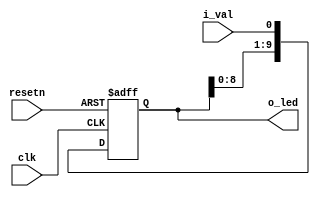
`timescale 1ns / 1ps



module shift_register (
	input clk,
	input resetn,
	input i_val,
	output reg [9:0] o_led
	);
	
	// Module Body
    always @(negedge resetn or posedge clk) begin
        if(!resetn) begin //  
            o_led <= 10'b0000000000;
        end
        else begin //           . (ex. o_led[0] -> o_led[1]
            o_led[0] <= i_val;
            o_led[1] <= o_led[0];
            o_led[2] <= o_led[1];
            o_led[3] <= o_led[2];
            o_led[4] <= o_led[3];
            o_led[5] <= o_led[4];
            o_led[6] <= o_led[5];
            o_led[7] <= o_led[6];
            o_led[8] <= o_led[7];
            o_led[9] <= o_led[8];
        end
    end
endmodule